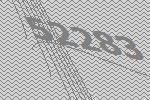
52283